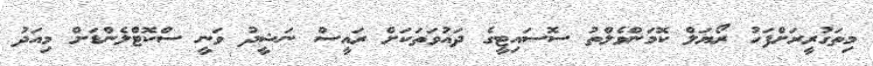
މިތަގުރީރަށްފަހު ރޯޔަލް ކޮމަންވެލްތު ސޮސައިޓީގެ ދައުވަތަކަށް ރައީސް ނަޝީދު ވަނީ ސްކޮޓްލެންޑަށް މިއަދު